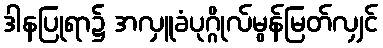
ဒါနပြုရာ၌ အလှူခံပုဂ္ဂိုလ်မွန်မြတ်လျှင်